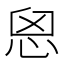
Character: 𢙦